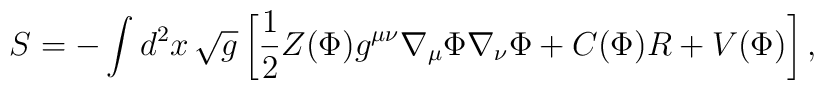
S=-\int d^{2}x \,\sqrt{g}\left[ {1\over 2} Z( \Phi ) g^{\mu\nu}\nabla_\mu \Phi  \nabla_\nu \Phi + C(\Phi ) R +V(\Phi )\right],